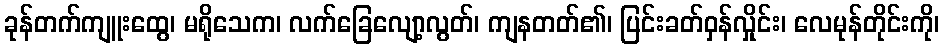
ခုန်တက်ကျူးထွေ၊ မရိုသေက၊ လက်ခြေလျော့လွတ်၊ ကျနတတ်၏၊ ပြင်းခတ်ဝှန်လှိုင်း၊ လေမုန်တိုင်းကို၊